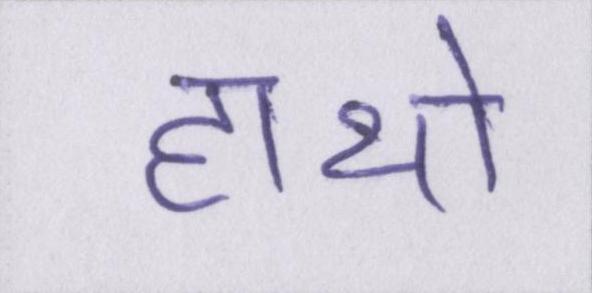
हाथो